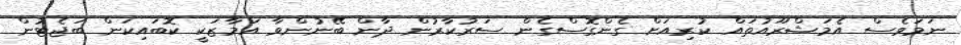
ނަމަވެސް އެމަޝްރޫއުތައް ކުރިއަށް ގެންގޮސްގެން ސަރުކާރުން ދާން ބޭނުންވާ އަމާޒަކީ ކޮބައިކަން ބަޖެޓުން